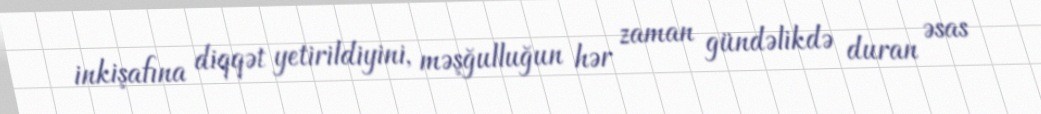
inkişafına diqqət yetirildiyini, məşğulluğun hər zaman gündəlikdə duran əsas